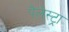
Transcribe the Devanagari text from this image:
पैलेस्ट्रा